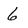
Character: 6